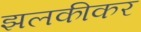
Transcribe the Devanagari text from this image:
झलकीकर